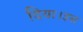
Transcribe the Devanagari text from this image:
दिया।इस